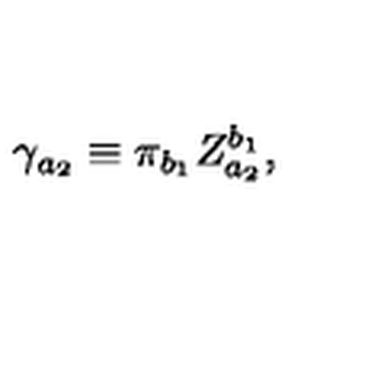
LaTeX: \gamma _ { a _ { 2 } } \equiv \pi _ { b _ { 1 } } Z _ { a _ { 2 } } ^ { b _ { 1 } } ,